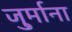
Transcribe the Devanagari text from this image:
जु्र्माना